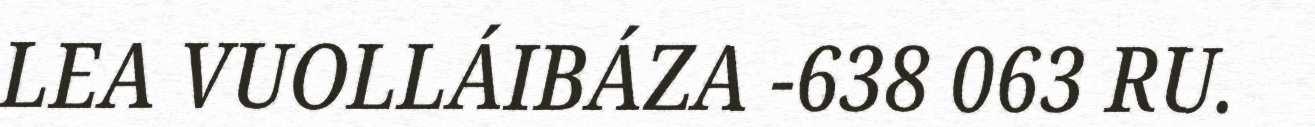
LEA VUOLLÁIBÁZA -638 063 RU.